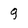
Character: g